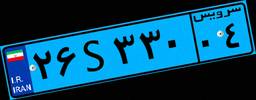
۹۴S۰۱۲۵۸